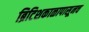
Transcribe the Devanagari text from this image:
ब्रिटिशकाळापासूनच